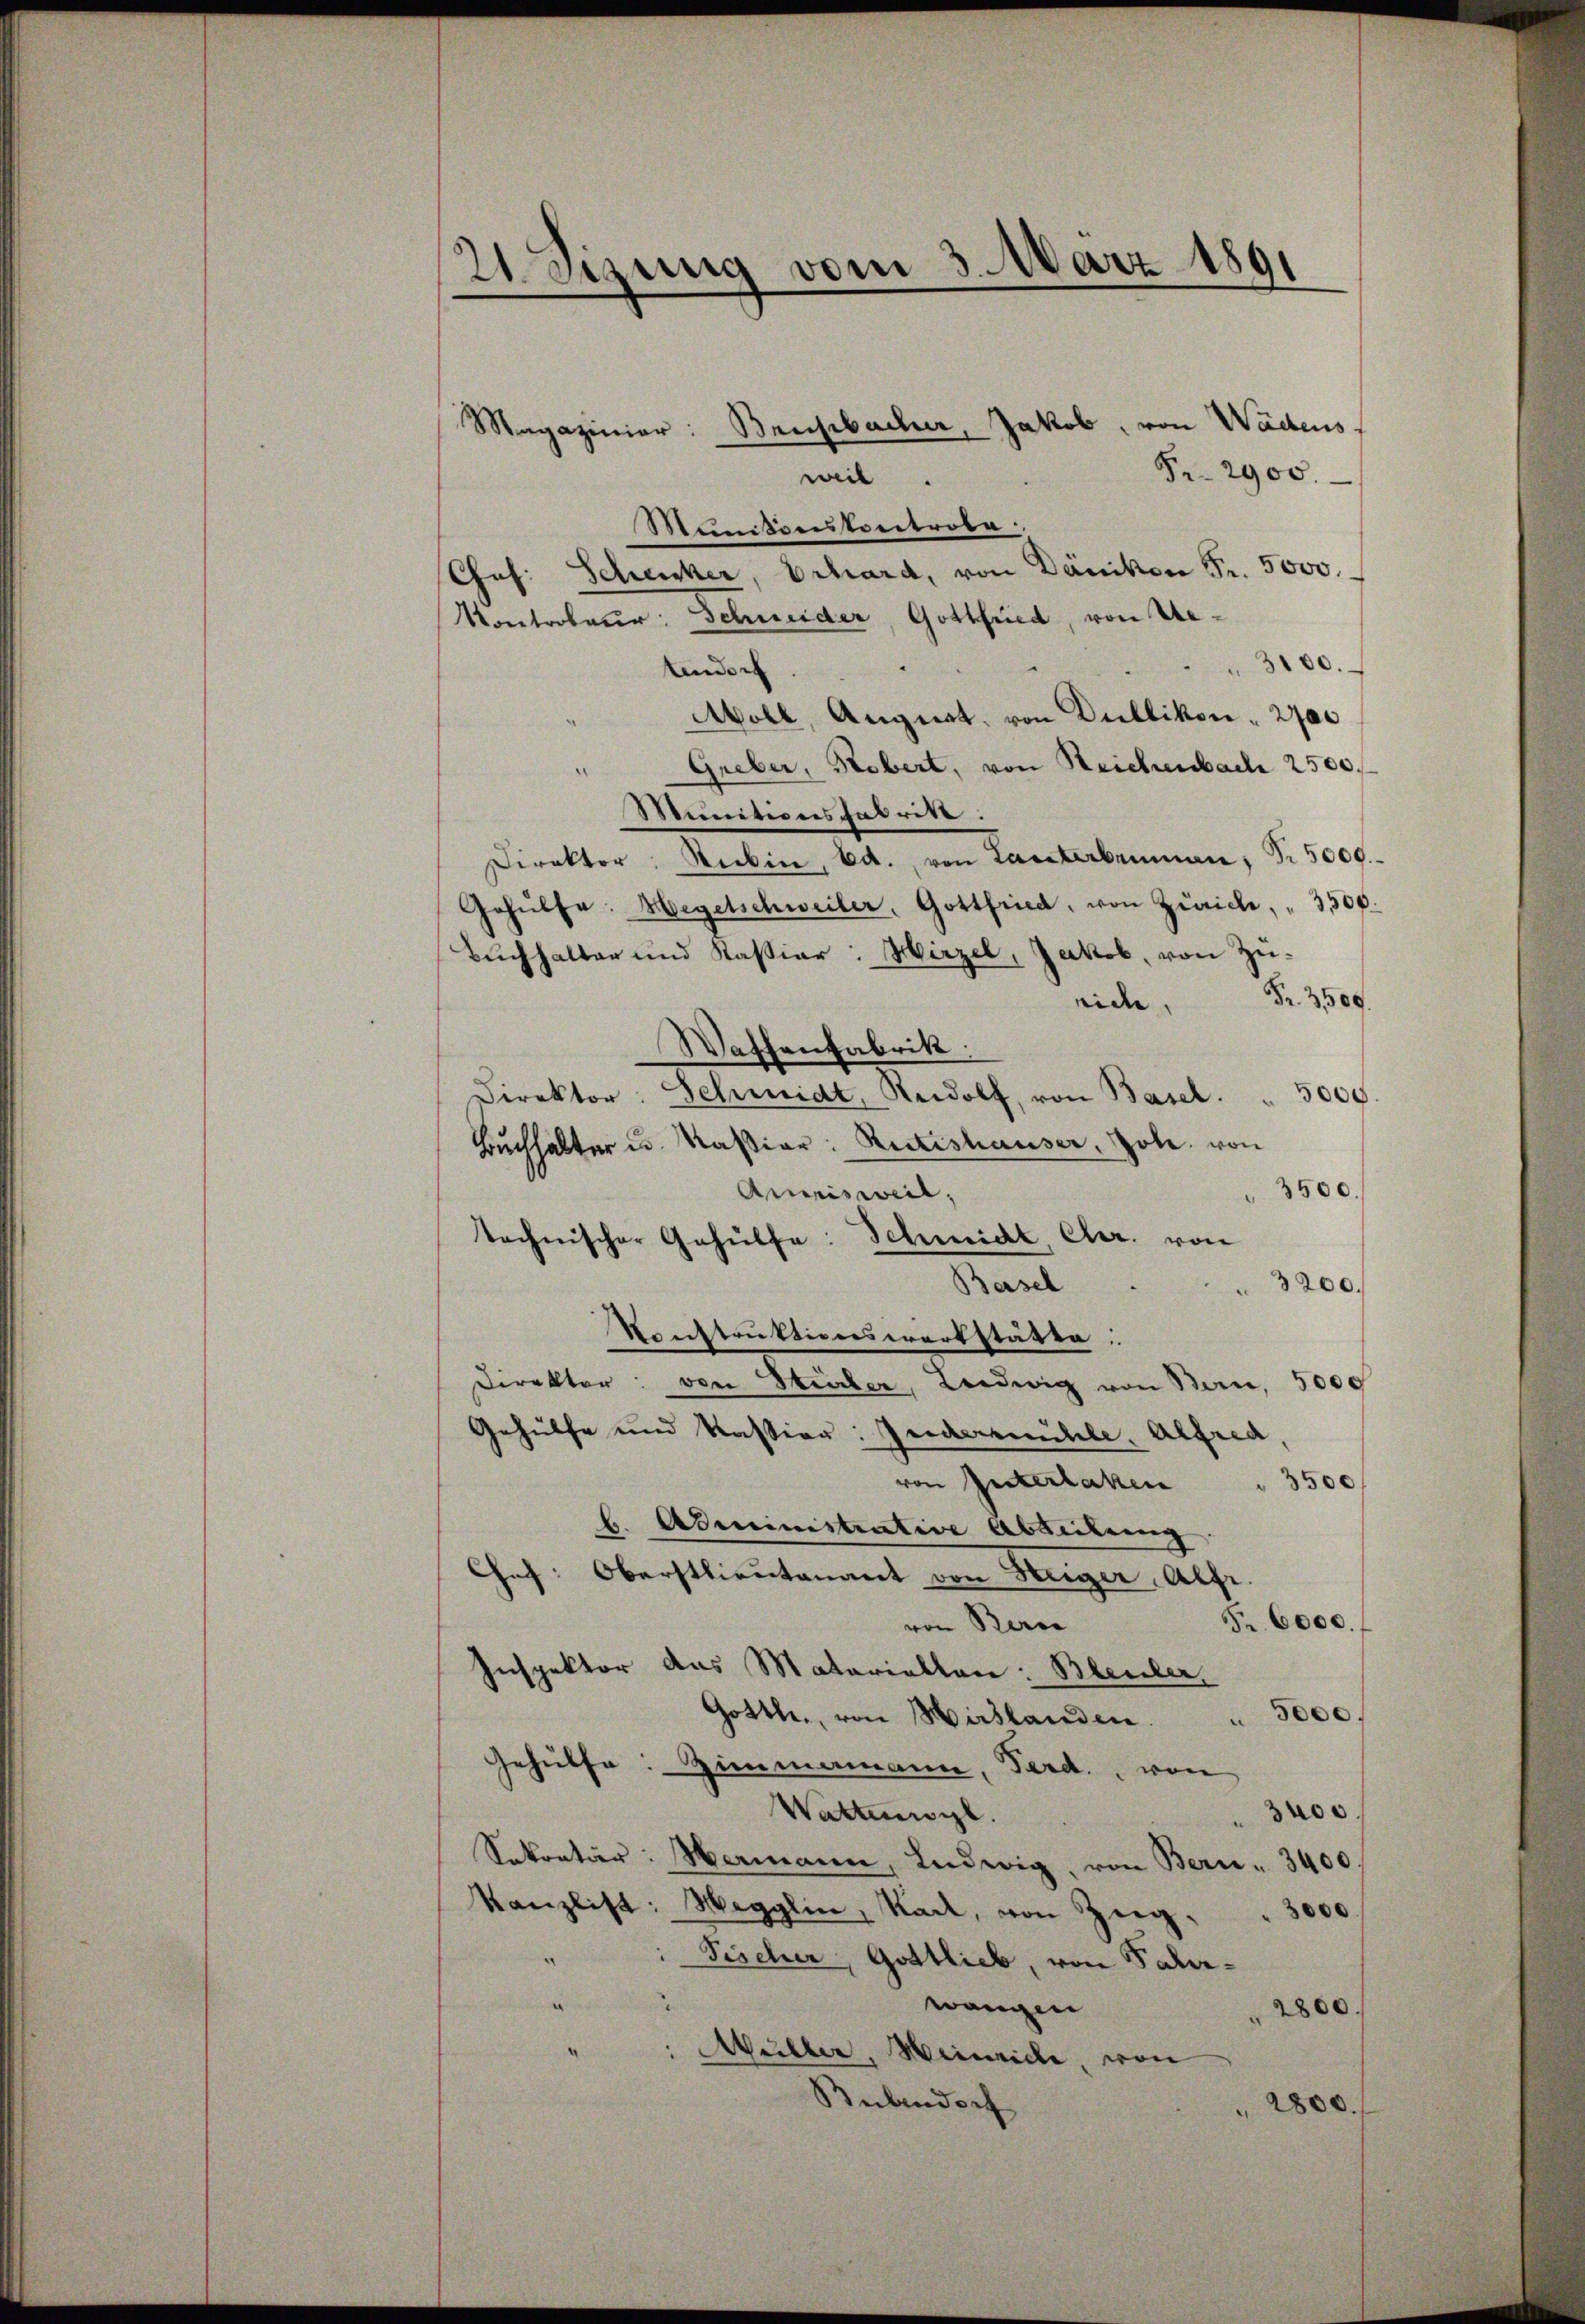
2.sizung vom 3. März 1891
e

Magazinier: Bruchbacher, Jakob, von Wädens
Fr. 2900.
weil
Monitonnkontrole
Chef. Schenker, Erhard, von Dänikon Fr. 5000.
Kontroleur: Schneider, Gottfried, von Ue¬
3000.
tendorf
Moll, Angiat, von Dullikon " 2700
Greber, Robert, von Reichenbach 2500.
Minitionsfabrik:
Direktor Stubin, Ed. von Lasterbrunnen, Fr. 5000.-
Gehülfe. Hegetschweiler, Gottfried, von Zürich, " 3500.
Bŭchhalter und Kassiar: Hirzel, Jakob, von Zü¬
Fr. 3500.
eid.
Waffenfabrik.
Direktor Schmidt, Rudolf, von Basel . . 5000.
Buchhalter u. Kassier: Retteshauser, Gobe von
Amrisweil,
 3500.
technischer Gehülfe: Schmidt, Cher. von
Basel
3200.
Konstruktionswerkstätte:
Direktor: von Stricker, Ludwig von Bern, 5000
Gehülfe und Kassion: Jedermühle, Alfred
von Interlaken
 3500
b. Administrative Abteilung
Gef: Oberstlieutenant von Steiger Alfr.
Fr. 6000.
von Beron
Inspektor das Materiellen: Bleuler
 5000.
Gotth., von Hirslanden.
Gehülfe: Zimmamann, Ferd. von
3400.
Wattenwyl
Sekretär: Hermann, Ludwig, von Bern - 3400.
Kanzlist: Wegglin, Rade, von Zug,
3000.
e
 Fischer, Gottlieb, von Paler¬
2
e
wangen
2800.
Müller, Wienricle, von
Bubendorf
2800.